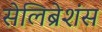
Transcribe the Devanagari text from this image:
सेलिब्रेशंस